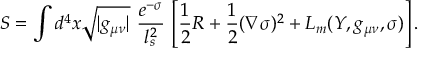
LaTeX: S = \int d ^ { 4 } x \sqrt { | g _ { \mu \nu } | } \ \frac { e ^ { - \sigma } } { l _ { s } ^ { 2 } } \, \left[ { \frac { 1 } { 2 } } R + { \frac { 1 } { 2 } } ( \nabla \sigma ) ^ { 2 } + { \cal L } _ { m } ( { \cal Y } , g _ { \mu \nu } , \sigma ) \right] .